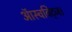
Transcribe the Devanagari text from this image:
ऑस्चविट्ज।